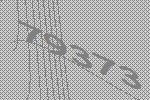
79373